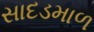
સાદડમાળ